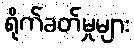
ရိုက်ခတ်မှုများ